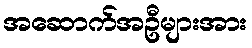
အဆောက်အဦများအား